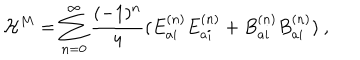
{ \cal H } ^ { M } = \sum _ { n = 0 } ^ { \infty } \frac { ( - 1 ) ^ { n } } { 4 } ( E _ { a i } ^ { ( n ) } E _ { a i } ^ { ( n ) } + B _ { a i } ^ { ( n ) } B _ { a i } ^ { ( n ) } ) \ ,